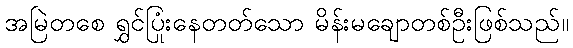
အမြဲတစေ ရွှင်ပြုံးနေတတ်သော မိန်းမချောတစ်ဦးဖြစ်သည်။